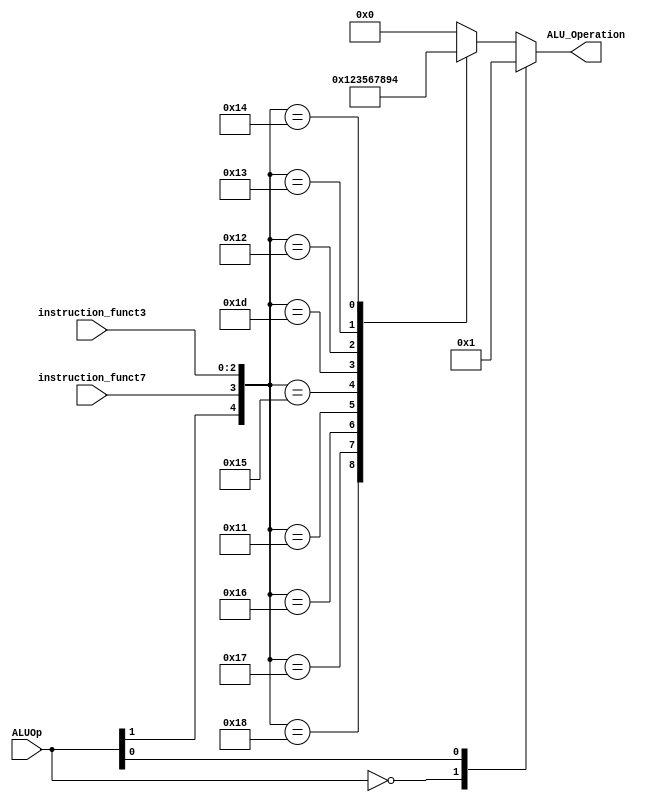
module ALU_control 
(
    input   [2:0]   instruction_funct3,
    input           instruction_funct7,//just only needs take instruction[30],funct7[6]
    input   [1:0]   ALUOp,
    output  [3:0]   ALU_Operation
);
    wire      funct7;
    wire [2:0]funct3;
    assign funct3 = instruction_funct3;
    assign funct7 = instruction_funct7;//for sub

    wire R_format   = ALUOp[1];
    wire beq        = ALUOp[0];

    reg [3:0]control;
    assign ALU_Operation = control;
    localparam ADD  = 4'b0000;//0
    localparam SUB  = 4'b0001;//1
    localparam AND  = 4'b0010;//2
    localparam OR   = 4'b0011;//3
    localparam XOR  = 4'b0100;//4
    localparam SLL  = 4'b0101;//5
    localparam SRL  = 4'b0110;//6
    localparam SRA  = 4'b0111;//7
    localparam SLT  = 4'b1000;//8
    localparam SLTU = 4'b1001;//9
    always @(*) begin
        //x means dont care
        casex({R_format, beq, funct7, funct3})//encoding 
            6'b00xxxx:control = ADD;//ADD Default value, no branch no arithmetic
            6'bx1xxxx:control = SUB;//SUB for branch
            6'b1x0000:control = ADD;//ADD
            6'b1x1000:control = SUB;//SUB
            6'b1x0111:control = AND;//AND
            6'b1x0110:control = OR; //OR
            6'b1x0001:control = SLL;//SLL shift left logical
            6'b1x0101:control = SRL;//SRL shift right logical
            6'b1x1101:control = SRA;//SRA shift right arithmetic
            6'b1x0010:control = SLT;//SLT set on less than
            6'b1x0011:control = SLTU;//SLTU set on less than unsigned
            6'b1x0100:control = XOR;//XOR
            default:control = ADD;
        endcase    
    end

endmodule